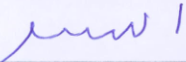
السر